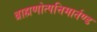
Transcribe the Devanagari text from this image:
ब्राह्मणोत्पत्तिमार्तण्ड